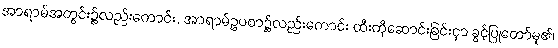
အာရာမ်အတွင်း၌လည်းကောင်း, အာရာမ်ဥပစာ၌လည်းကောင်း ထီးကိုဆောင်းခြင်းငှာ ခွင့်ပြုတော်မူ၏၊